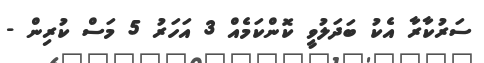
ސަރުކާރާ އެކު ބަދަލުވީ ކޮންކަމެއް 3 އަހަރު 5 މަސް ކުރިން -